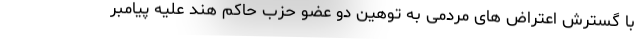
با گسترش اعتراض های مردمی به توهین دو عضو حزب حاکم هند علیه پیامبر